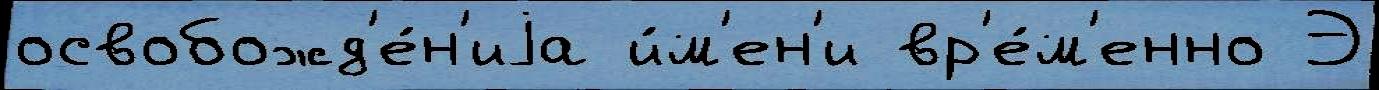
освобожд'е́н'иjа и́м'ен'и вр'е́м'енно Э